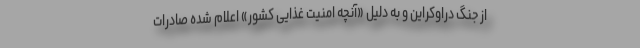
از جنگ دراوکراین و به دلیل «آنچه امنیت غذایی کشور» اعلام شده صادرات